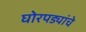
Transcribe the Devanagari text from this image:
घोरपड्यांचे